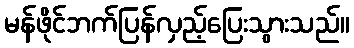
မန်ဖိုင်ဘက်ပြန်လှည့်ပြေးသွားသည်။